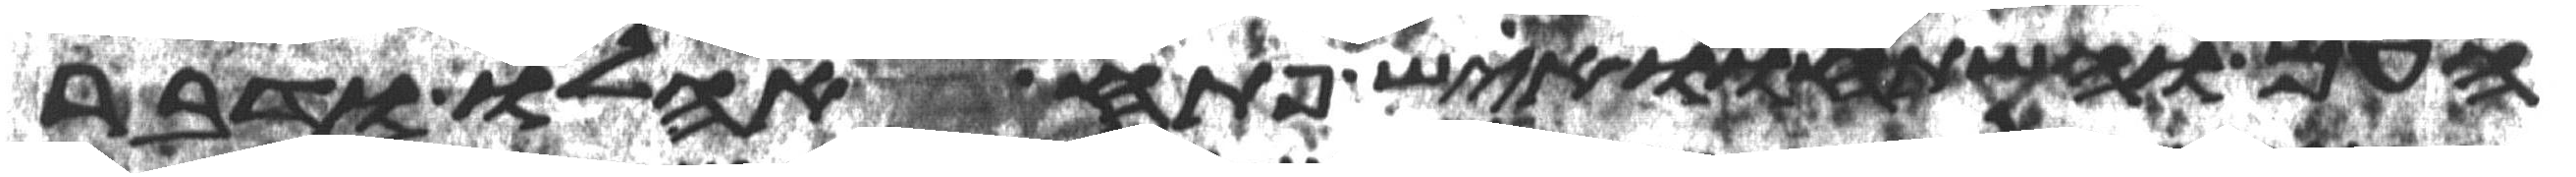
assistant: העם והשתחוו איש פתח אהלו ודבר